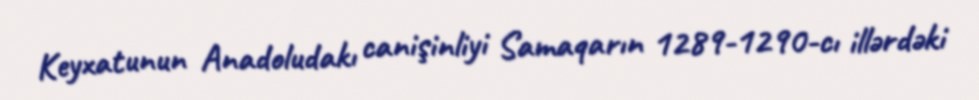
Keyxatunun Anadoludakı canişinliyi Samaqarın 1289-1290-cı illərdəki